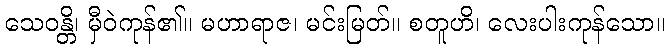
သေဝန္တိ၊ မှီဝဲကုန်၏။ မဟာရာဇ၊ မင်းမြတ်။ စတူဟိ၊ လေးပါးကုန်သော။